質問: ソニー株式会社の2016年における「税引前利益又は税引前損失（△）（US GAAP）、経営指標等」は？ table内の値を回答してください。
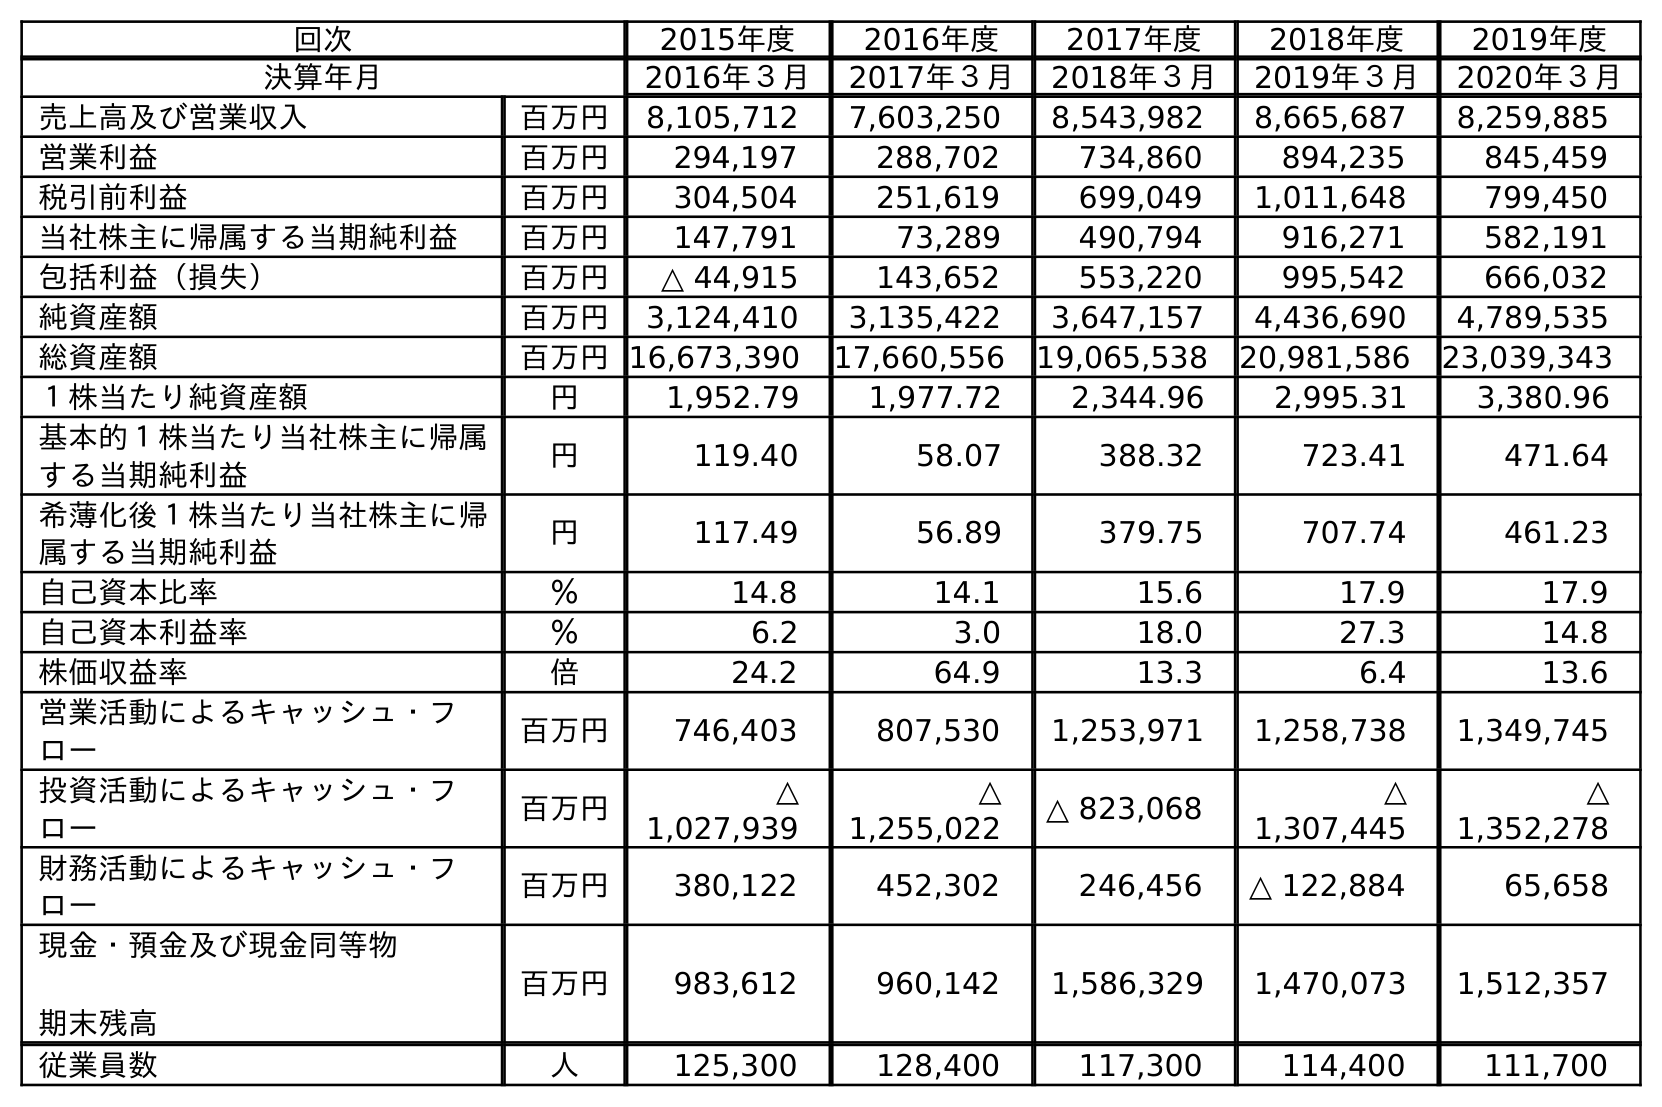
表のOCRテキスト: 回次 2015年度 2016年度 2017年度 2018年度 2019年度 決算年月 2016年３月 2017年３月 2018年３月 2019年３月 2020年３月 売上高及び営業収入 百万円 8,105,712 7,603,250 8,543,982 8,665,687 8,259,885 営業利益 百万円 294,197 288,702 734,860 894,235 845,459 税引前利益 百万円 304,504 251,619 699,049 1,011,648 799,450 当社株主に帰属する当期純利益 百万円 147,791 73,289 490,794 916,271 582,191 包括利益（損失） 百万円 △ 44,915 143,652 553,220 995,542 666,032 純資産額 百万円 3,124,410 3,135,422 3,647,157 4,436,690 4,789,535 総資産額 百万円16,673,390 17,660,556 19,065,538 20,981,586 23,039,343 １株当たり純資産額 円 1,952.79 1,977.72 2,344.96 2,995.31 3,380.96 基本的１株当たり当社株主に帰属 する当期純利益 円 119.40 58.07 388.32 723.41 471.64 希薄化後１株当たり当社株主に帰 属する当期純利益 円 117.49 56.89 379.75 707.74 461.23 自己資本比率 ％ 14.8 14.1 15.6 17.9 17.9 自己資本利益率 ％ 6.2 3.0 18.0 27.3 14.8 株価収益率 倍 24.2 64.9 13.3 6.4 13.6 営業活動によるキャッシュ・フ ロー 百万円 746,403 807,530 1,253,971 1,258,738 1,349,745 投資活動によるキャッシュ・フ ロー 百万円 △ 1,027,939 △ 1,255,022 △ 823,068 △ 1,307,445 △ 1,352,278 財務活動によるキャッシュ・フ ロー 百万円 380,122 452,302 246,456 △ 122,884 65,658 現金・預金及び現金同等物 期末残高 百万円 983,612 960,142 1,586,329 1,470,073 1,512,357 従業員数 人 125,300 128,400 117,300 114,400 111,700
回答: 304,504